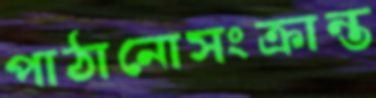
পাঠানোসংক্রান্ত